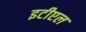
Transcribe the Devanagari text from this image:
इटीएल